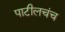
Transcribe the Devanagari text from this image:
पाटीलचंच